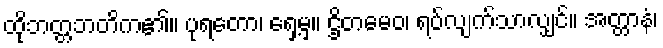
ထိုဘတ္တဘတိက၏။ ပုရတော၊ ရှေ့မှ။ ဌိတမေဝ၊ ရပ်လျက်သာလျှင်။ အတ္တာနံ၊